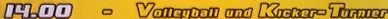
14.00 - Volleyball und Kicker-Turnier